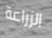
الزراعة